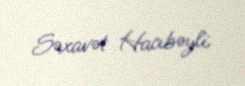
Səxavət Hacıbəyli